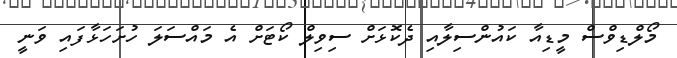
މޯލްޑިވްސް މީޑިއާ ކައުންސިލާއި ދެކޮޅަށް ސިވިލް ކޯޓަށް އެ މައްސަލަ ހުށަހަޅާފައި ވަނީ